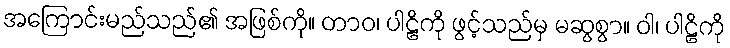
အကြောင်းမည်သည်၏ အဖြစ်ကို။ တာဝ၊ ပါဠိကို ဖွင့်သည်မှ မဆွစွာ။ ဝါ၊ ပါဠိကို